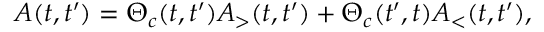
A ( t , t ^ { \prime } ) = \Theta _ { c } ( t , t ^ { \prime } ) A _ { > } ( t , t ^ { \prime } ) + \Theta _ { c } ( t ^ { \prime } , t ) A _ { < } ( t , t ^ { \prime } ) ,